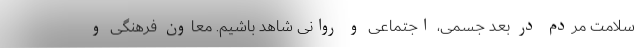
سلامت مردم در بعد جسمی، اجتماعی و روانی شاهد باشیم. معاون فرهنگی و